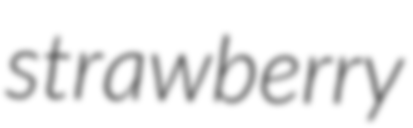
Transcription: strawberry